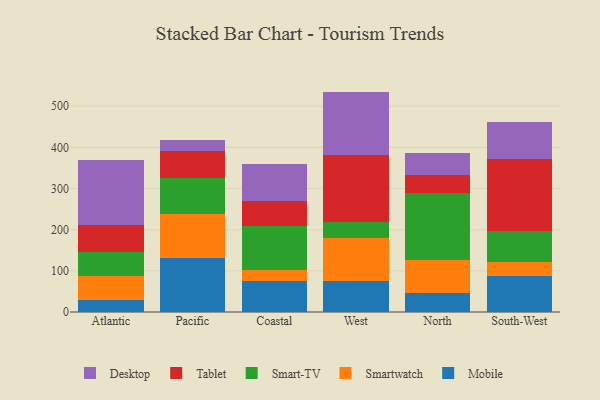
{"axis": {"x": "Region", "y": "Headcount"}, "legend": ["Desktop", "Mobile", "Smart-TV", "Smartwatch", "Tablet"], "data": [{"x": "Atlantic", "y": 28.0, "type": "Mobile"}, {"x": "Atlantic", "y": 59.7, "type": "Smartwatch"}, {"x": "Atlantic", "y": 58.3, "type": "Smart-TV"}, {"x": "Atlantic", "y": 66.1, "type": "Tablet"}, {"x": "Atlantic", "y": 158.4, "type": "Desktop"}, {"x": "Pacific", "y": 131.4, "type": "Mobile"}, {"x": "Pacific", "y": 107.8, "type": "Smartwatch"}, {"x": "Pacific", "y": 85.8, "type": "Smart-TV"}, {"x": "Pacific", "y": 65.3, "type": "Tablet"}, {"x": "Pacific", "y": 27.7, "type": "Desktop"}, {"x": "Coastal", "y": 75.8, "type": "Mobile"}, {"x": "Coastal", "y": 27.1, "type": "Smartwatch"}, {"x": "Coastal", "y": 105.6, "type": "Smart-TV"}, {"x": "Coastal", "y": 61.0, "type": "Tablet"}, {"x": "Coastal", "y": 90.1, "type": "Desktop"}, {"x": "West", "y": 74.8, "type": "Mobile"}, {"x": "West", "y": 103.8, "type": "Smartwatch"}, {"x": "West", "y": 39.3, "type": "Smart-TV"}, {"x": "West", "y": 164.4, "type": "Tablet"}, {"x": "West", "y": 153.2, "type": "Desktop"}, {"x": "North", "y": 47.2, "type": "Mobile"}, {"x": "North", "y": 78.5, "type": "Smartwatch"}, {"x": "North", "y": 163.8, "type": "Smart-TV"}, {"x": "North", "y": 43.6, "type": "Tablet"}, {"x": "North", "y": 53.5, "type": "Desktop"}, {"x": "South-West", "y": 87.3, "type": "Mobile"}, {"x": "South-West", "y": 35.1, "type": "Smartwatch"}, {"x": "South-West", "y": 75.5, "type": "Smart-TV"}, {"x": "South-West", "y": 174.8, "type": "Tablet"}, {"x": "South-West", "y": 87.9, "type": "Desktop"}]}